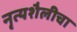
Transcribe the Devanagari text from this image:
नृत्यशैलीचा